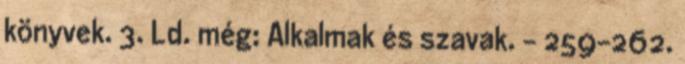
könyvek. 3. Ld. még: Alkalmak és szavak. – 259-262.